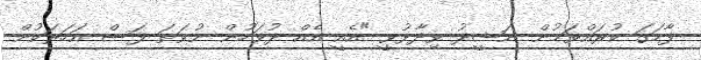
ފާހަގަ ކުރައްވަމުން ނަޝީދު ވިދާޅުވީ "އެއީ އެއް ދުވަހުން ނުވަތަ ފަސް އަހަރަކުން